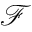
\mathcal F